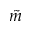
\tilde { m }